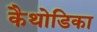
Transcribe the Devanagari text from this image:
कैथोडिका